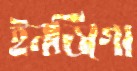
ইনডিগো